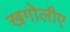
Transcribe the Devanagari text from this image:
खगोलीए